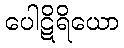
ပေါဋိရိယော